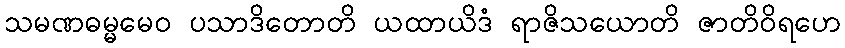
သမဏဓမ္မမေဝ ပသာဒိတောတိ ယထာယိဒံ ရာဇိသယောတိ ဇာတိဝိရဟေ